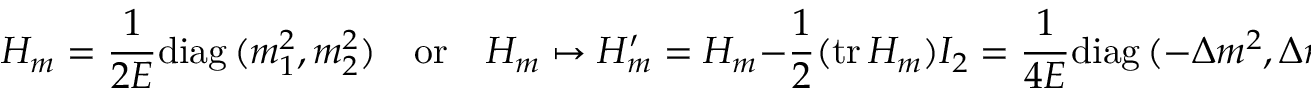
H _ { m } = \frac { 1 } { 2 E } \mathrm { d i a g \, } ( m _ { 1 } ^ { 2 } , m _ { 2 } ^ { 2 } ) \quad \mathrm { o r } \quad H _ { m } \mapsto H _ { m } ^ { \prime } = H _ { m } - \frac { 1 } { 2 } ( \mathrm { t r \, } H _ { m } ) I _ { 2 } = \frac { 1 } { 4 E } \mathrm { d i a g \, } ( - \Delta m ^ { 2 } , \Delta m ^ { 2 } ) ,